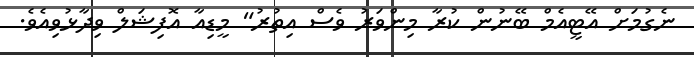
ނެގުމަށް އޭޓީއެމް ބޭނުން ކުރާ މިންވަރު ވެސް އިތުރު" މީޑިއާ އޮފިޝަލް ވިދާޅުވިއެވެ.